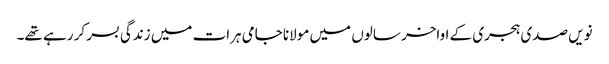
نویں صدی ہجری کے اواخر سالوں میں مولانا جامی ہرات میں زندگی بسر کر رہے تھے۔